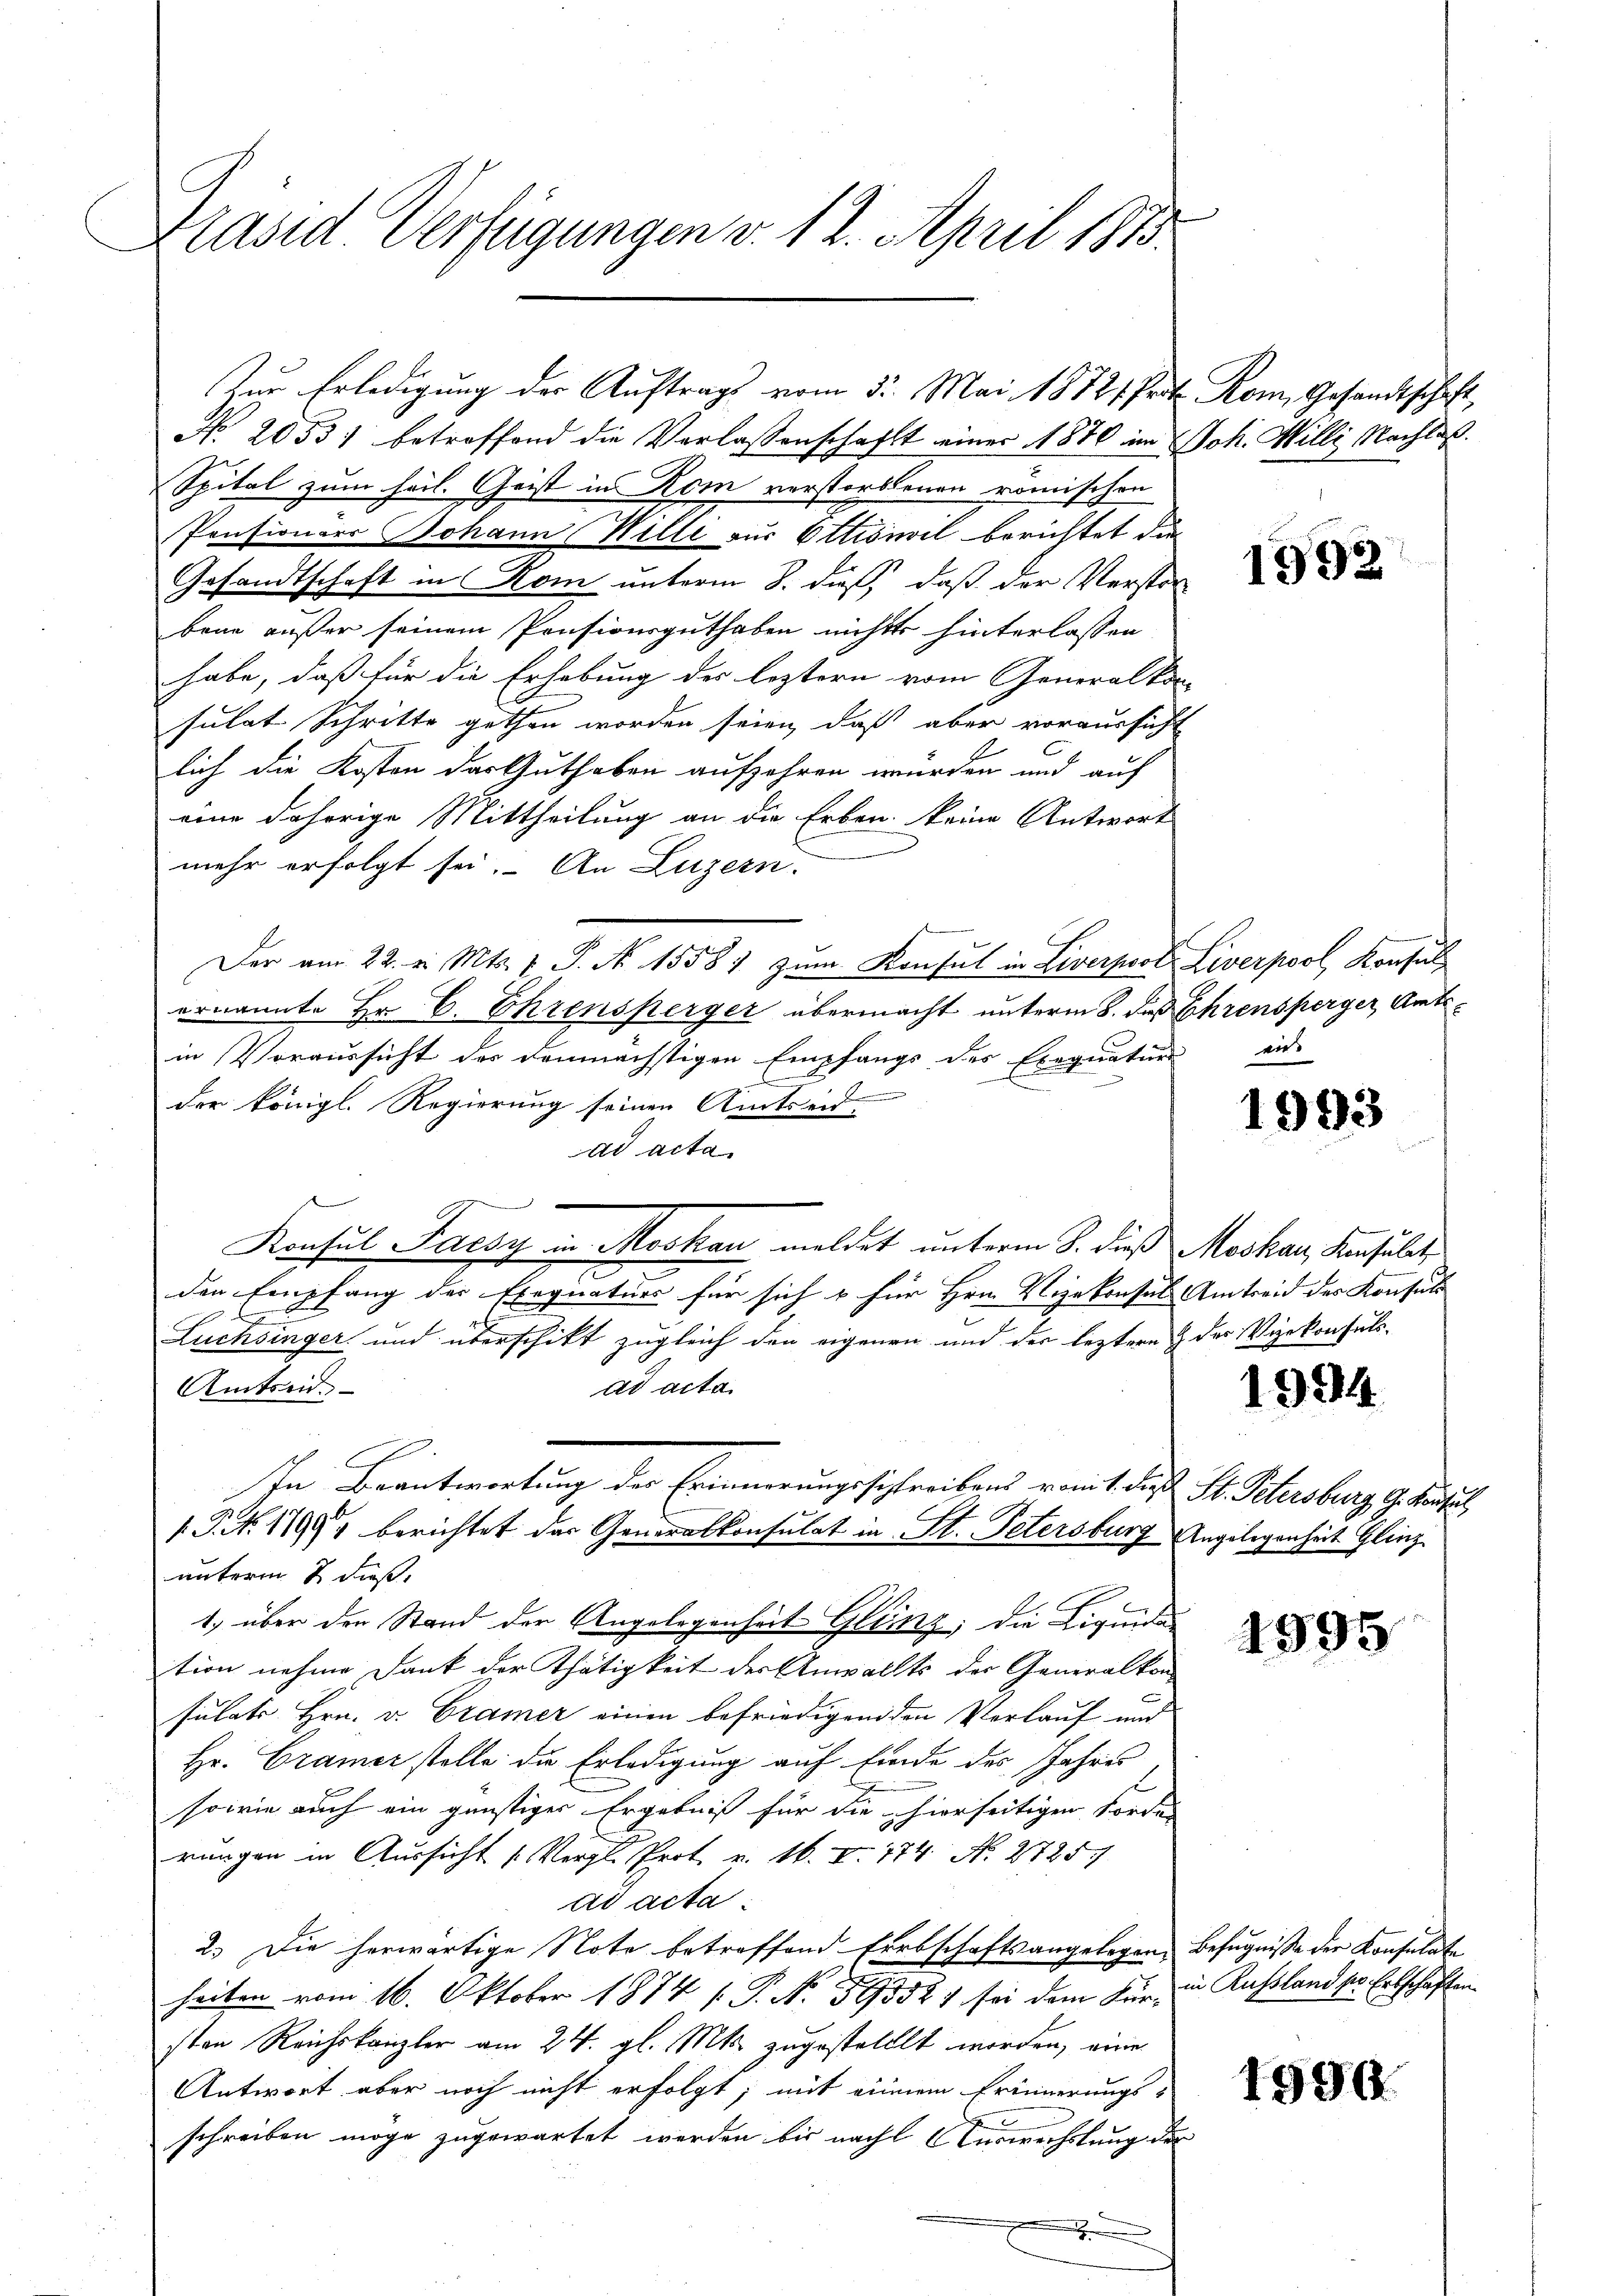
Präsid Verfügungen v. 12. April 1873.

No. 20531 betroffend die Verlassenschaft einer 1870 im Joh. Milli Nachlaß.
Spital zum heil. Geist in Rom verstorbenen römischen
Pensionars Johann Wille aus Ottiswil berichtet die
Gesandtschaft in Rom unterm 8. daß, daß der Verstor-
bene außer seinem Pensionsguthaben nichts hinterlassen
habe, daß für die Erhebung des leztern vom Generalkon-
sulat Schritte gethan worden seien, daß aber voraussicht
lich die Kosten das Guthaben aufzehren würden und auf
eine daherige Mittheilung an die Erben keine Antwort
mehr erfolgt sei. An Luzern.
Der am 22. v. Mts. 1. P. Nr. 1558) zum Konsul in Liverpool Liverpool Konsul
ernannte Hr. C. Ehrensperger übermacht unterm 8. die Ehrensperger Amtsin Voraussicht der demnächstigen Empfangs des Exequatuors
I
der königl. Regierung seinen Amtseit-
ad acta.
Konsul Fachy in Moskau meldet unterm 8. dieß Moskau, Konsult
den Empfang der Exequaturs für sich u. für Hrn. Vizekonsul Amtreid des Konsuls
A
Lüchsinger und überschikt zugleich den eigenen und der leztere des Vizekonsuls-
ad acta.
Amts in
In Beantwortung der Erinnerungsschreibens vom 1 des St. Schlersburg, Gestersuch
.P. N. 11994 berichtet das Generalkonsulat in St. Petersburg Angelegenheit Glinz
unterm 2 Fuß.
1.) über den Stand der Angelegenheit Glinz, die Liquida
tion nehmen Dank der Thätigkeit der Anwallts der Generalkon
sulats Hrn. v. Gramer einen befriedigenden Verlauf und
Hr. Cramer stolle die Erledigung auf Einde des Jahres
sowie auch ein günstiges Ergebniß für die hierseitigen Forde
rungen in Aussicht u. Vergl. Prot. v. M. V. 174 N. 2725
ad acta
2.) Die herwärtige Note betreffend Erbschaftsangelegen Befugnisse der Konsulate
heiten vom 16. Oktober 1874 [P. Nr. 895521 sei dem Für in Russland der Erbschaften
sten Reichskanzler am 24. gl. Mts. zugestellt worden, eine
Antwort aber noch nicht erfolgt; mit einem Erinnerungs-
schreiben möge zugewartet werden bis nach Auswechslung der
.

Zur Erledigung der Auftrags vom 5. Mai 1872 Prot. Rom Gesandtschaft,

1992

wirs

1993

1994

1995

1990.